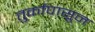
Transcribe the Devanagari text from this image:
तुर्कांपासून